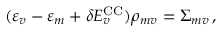
( \varepsilon _ { v } - \varepsilon _ { m } + \delta E _ { v } ^ { \mathrm { C C } } ) \rho _ { m v } = \Sigma _ { m v } \, ,